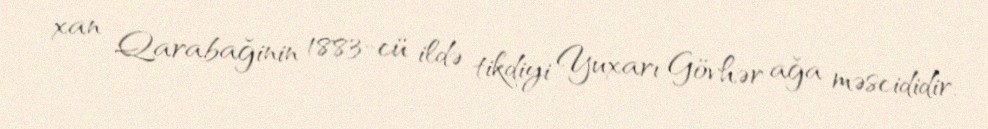
xan Qarabağinin 1883-cü ildə tikdiyi Yuxarı Gövhər ağa məscididir.